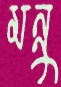
মন্নু